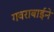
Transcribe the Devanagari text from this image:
गवराबाईने